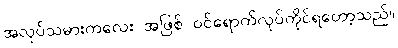
အလုပ်သမားကလေး အဖြစ် ဝင်ရောက်လုပ်ကိုင်ရတော့သည်။